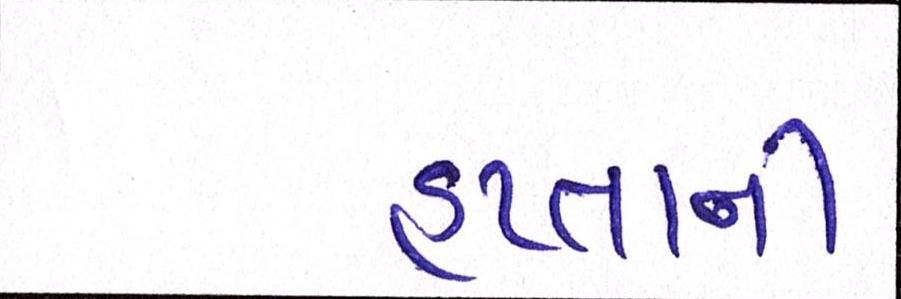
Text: હપ્તાની